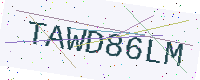
Text: TAWD86LM